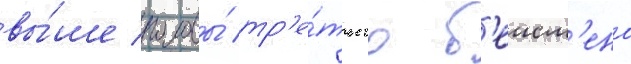
вы́ше головы́ тр'е́тьего б'еисм'ена